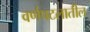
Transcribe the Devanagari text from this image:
वर्णपटलातील